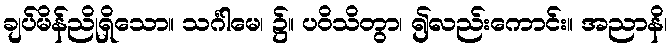
ချပ်မိန်ညိုရှိသော။ သင်္ဂါမေ၊ ၌။ ပဝိသိတွာ၊ ၍လည်းကောင်း။ အညာနိ၊